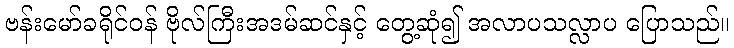
ဗန်းမော်ခရိုင်ဝန် ဗိုလ်ကြီးအဒမ်ဆင်နှင့် တွေ့ဆုံ၍ အလာပသလ္လာပ ပြောသည်။